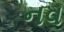
નવ